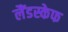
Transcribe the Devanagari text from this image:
लैंडस्केफ